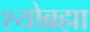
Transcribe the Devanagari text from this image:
श्योब्रह्मा